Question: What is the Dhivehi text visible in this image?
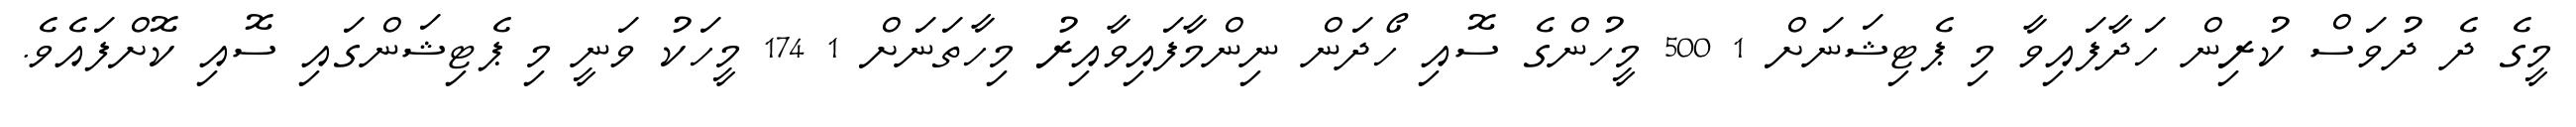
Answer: މީގެ ދެ ދުވަސް ކުރިން ހަދާފައިވާ މި ޕެޓިޝަނަށް 1 500 މީހުންގެ ސޮއި ހޯދަން ނިންމާފައިވާއިރު މިހާތަނަށް 1 174 މީހަކު ވަނީ މި ޕެޓިޝަންގައި ސޮއި ކޮށްފައެވެ.